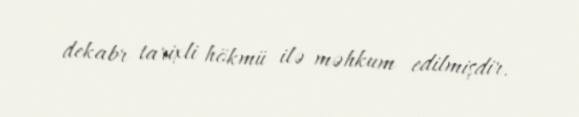
dekabr tarixli hökmü ilə məhkum edilmişdir.